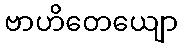
ဗာဟိတေယျော